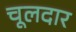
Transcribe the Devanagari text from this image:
चूलदार